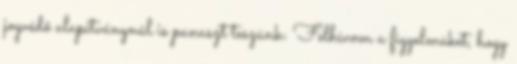
jogvédő alapítványnál is panaszt teszünk: Felhívom a figyelmüket, hogy